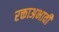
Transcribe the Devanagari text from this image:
रक्ताअभावी